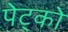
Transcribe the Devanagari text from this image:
पेट्को